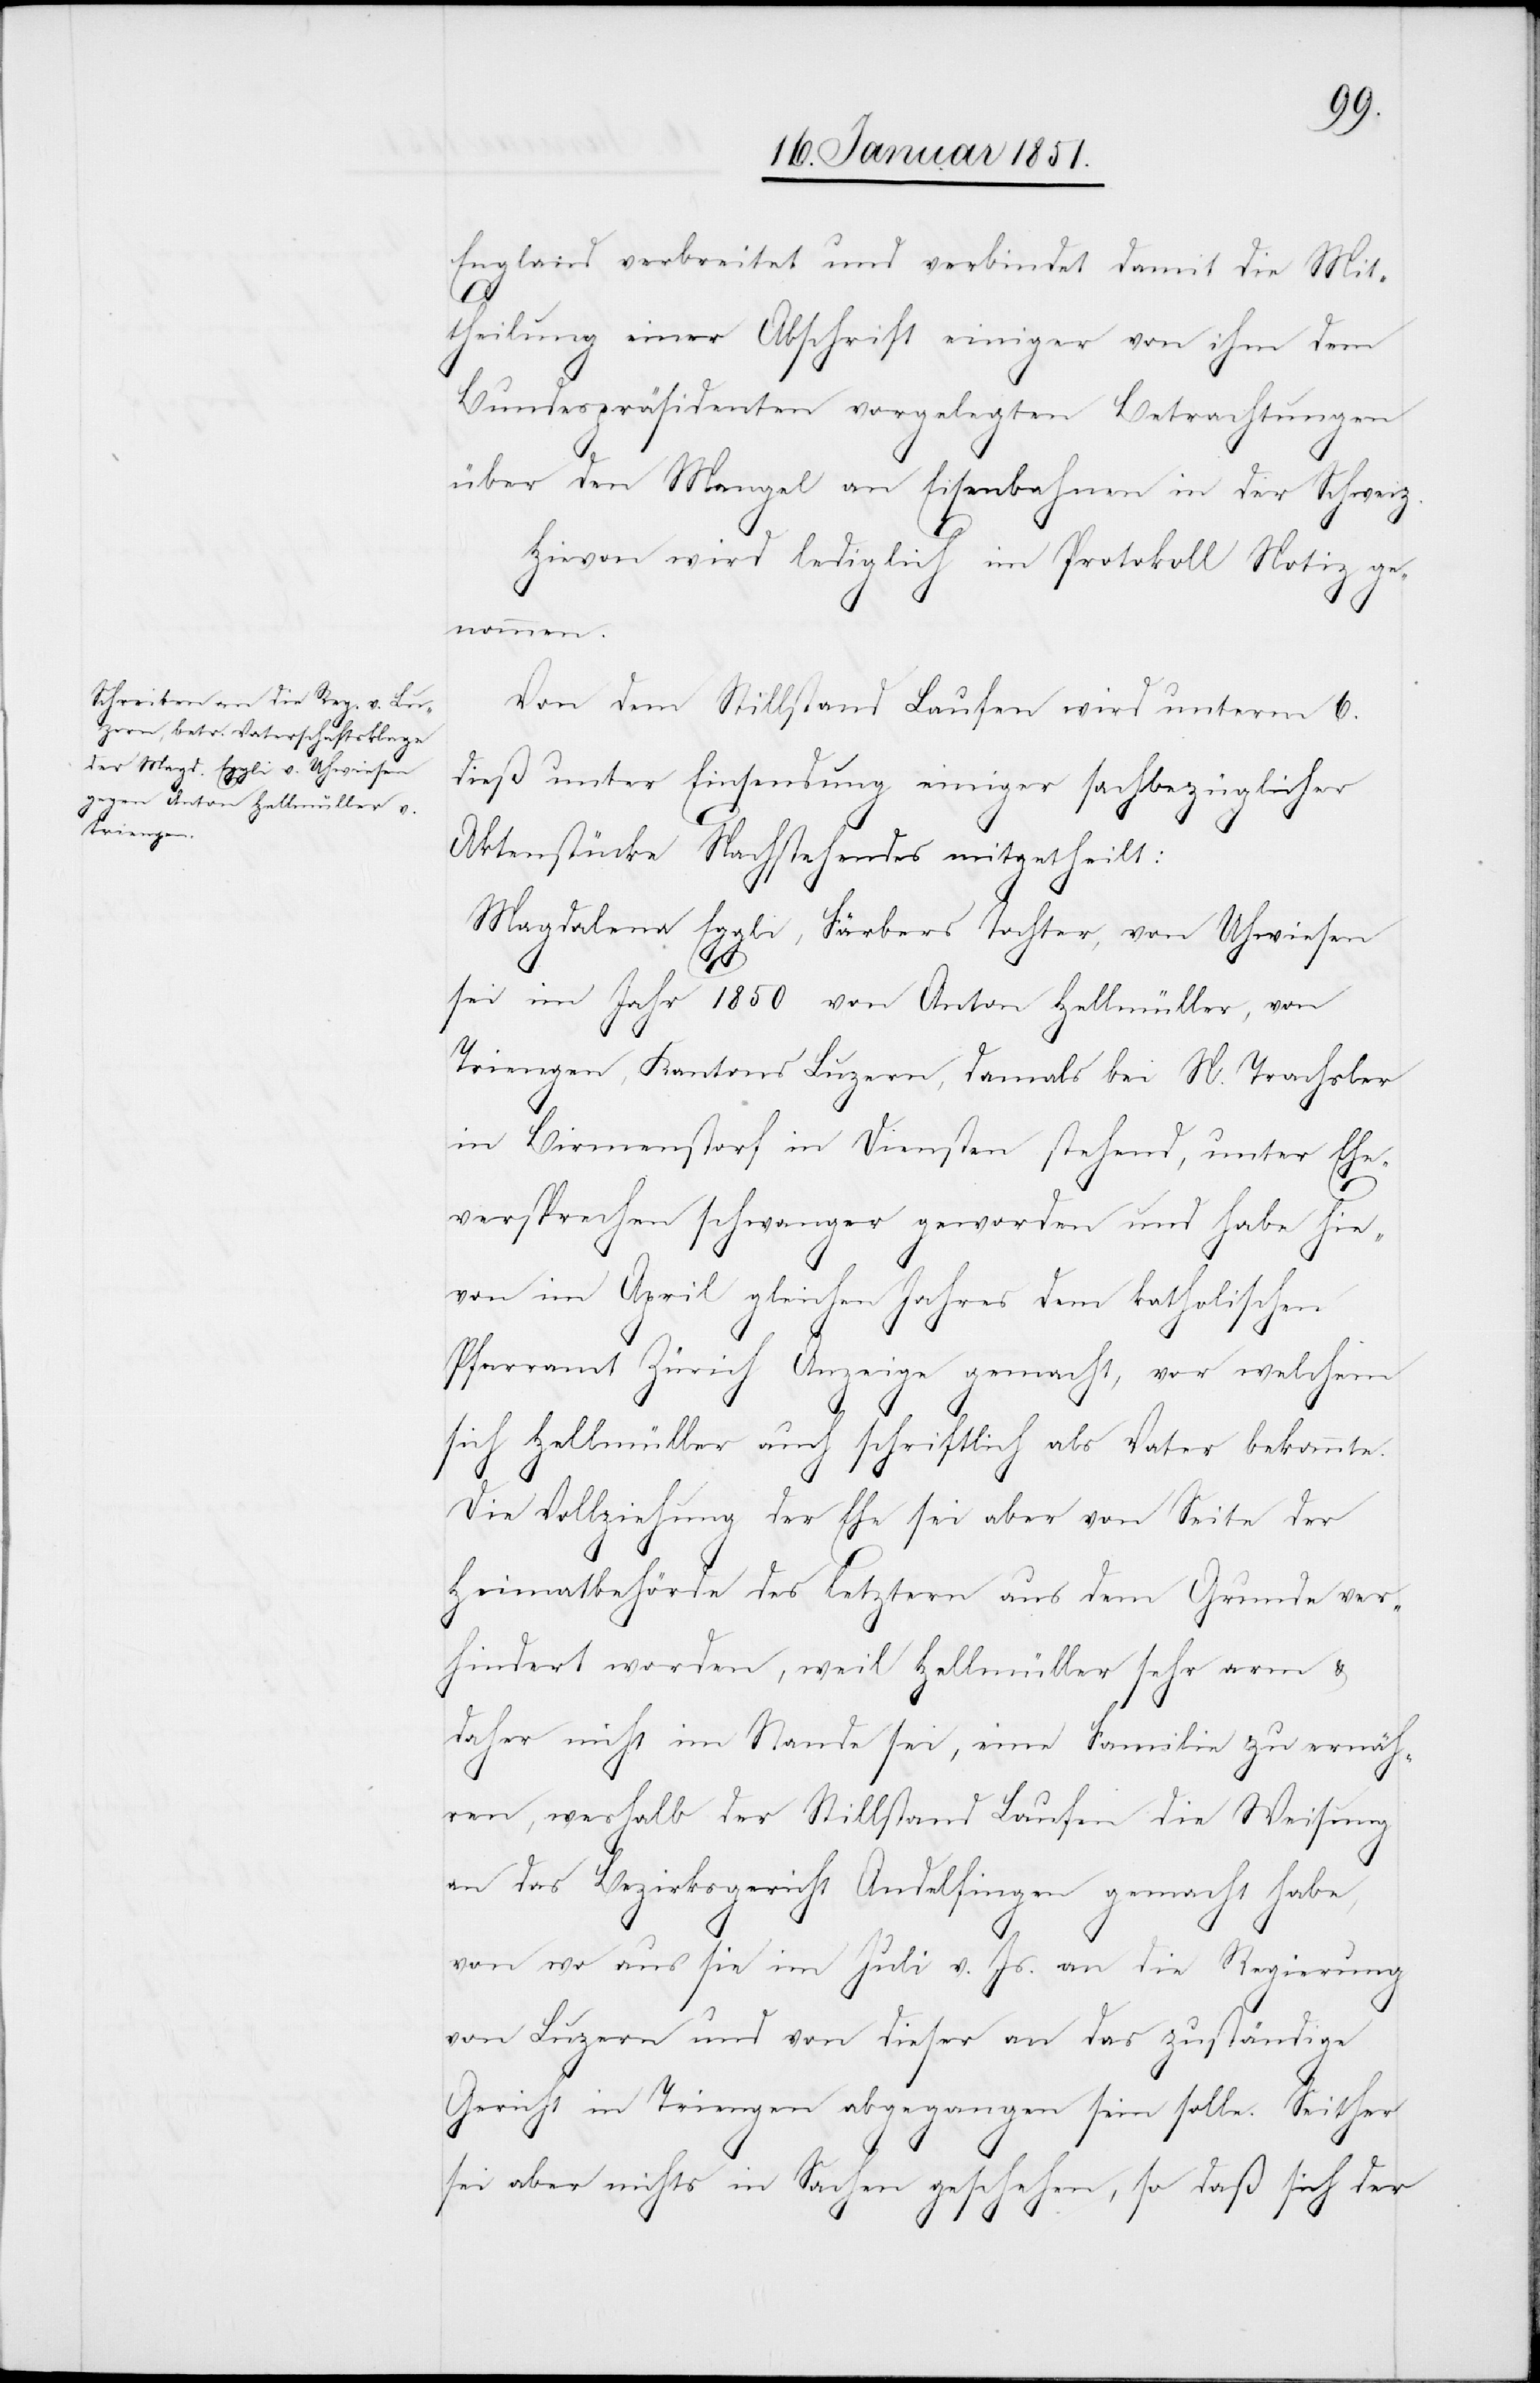
England verbreitet und verbindet damit die Mit¬
theilung einer Abschrift einiger von ihm dem
Bundespräsidenten vorgelegten Betrachtungen
über den Mangel an Eisenbahnen in der Schweiz.
Hievon wird lediglich im Protokoll Notiz gen¬
ommen.
Von dem Stillstand Laufen wird unterm 6.
dieß unter Einsendung einiger sachbezüglicher
Aktenstücke Nachstehendes mitgetheilt:
Magdalena Eggli, Färbers Tochter, von Uhwiesen
sei im Jahr 1850 von Anton Hellmüller, von
Triengen, Kantons Luzern, damals bei N. Trachsler
in Birmenstorf in Diensten stehend, unter Ehe¬
versprechen schwanger geworden und habe hie¬
von im April gleichen Jahres dem katholischen
Pfarramt Zürich Anzeige gemacht, vor welchem
sich Hellmüller auch schriftlich als Vater bekannte.
Die Vollziehung der Ehe sei aber von Seite der
Heimatbehörde des letztern aus dem Grunde ver¬
hindert worden, weil Hellmüller sehr arm &
daher nicht im Stande sei, eine Familie zu ernäh¬
ren, weshalb der Stillstand Laufen die Weisung
an das Bezirksgericht Andelfingen gemacht habe,
von wo aus sie im Juli v. Js. an die Regierung
von Luzern und von dieser an das zuständige
Gericht in Triengen abgegangen sein solle. Seither
sei aber nichts in Sachen geschehen, so daß sich der